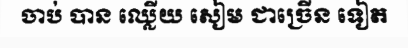
ចាប់ បាន ឈ្លើយ សៀម ជាច្រើន ទៀត